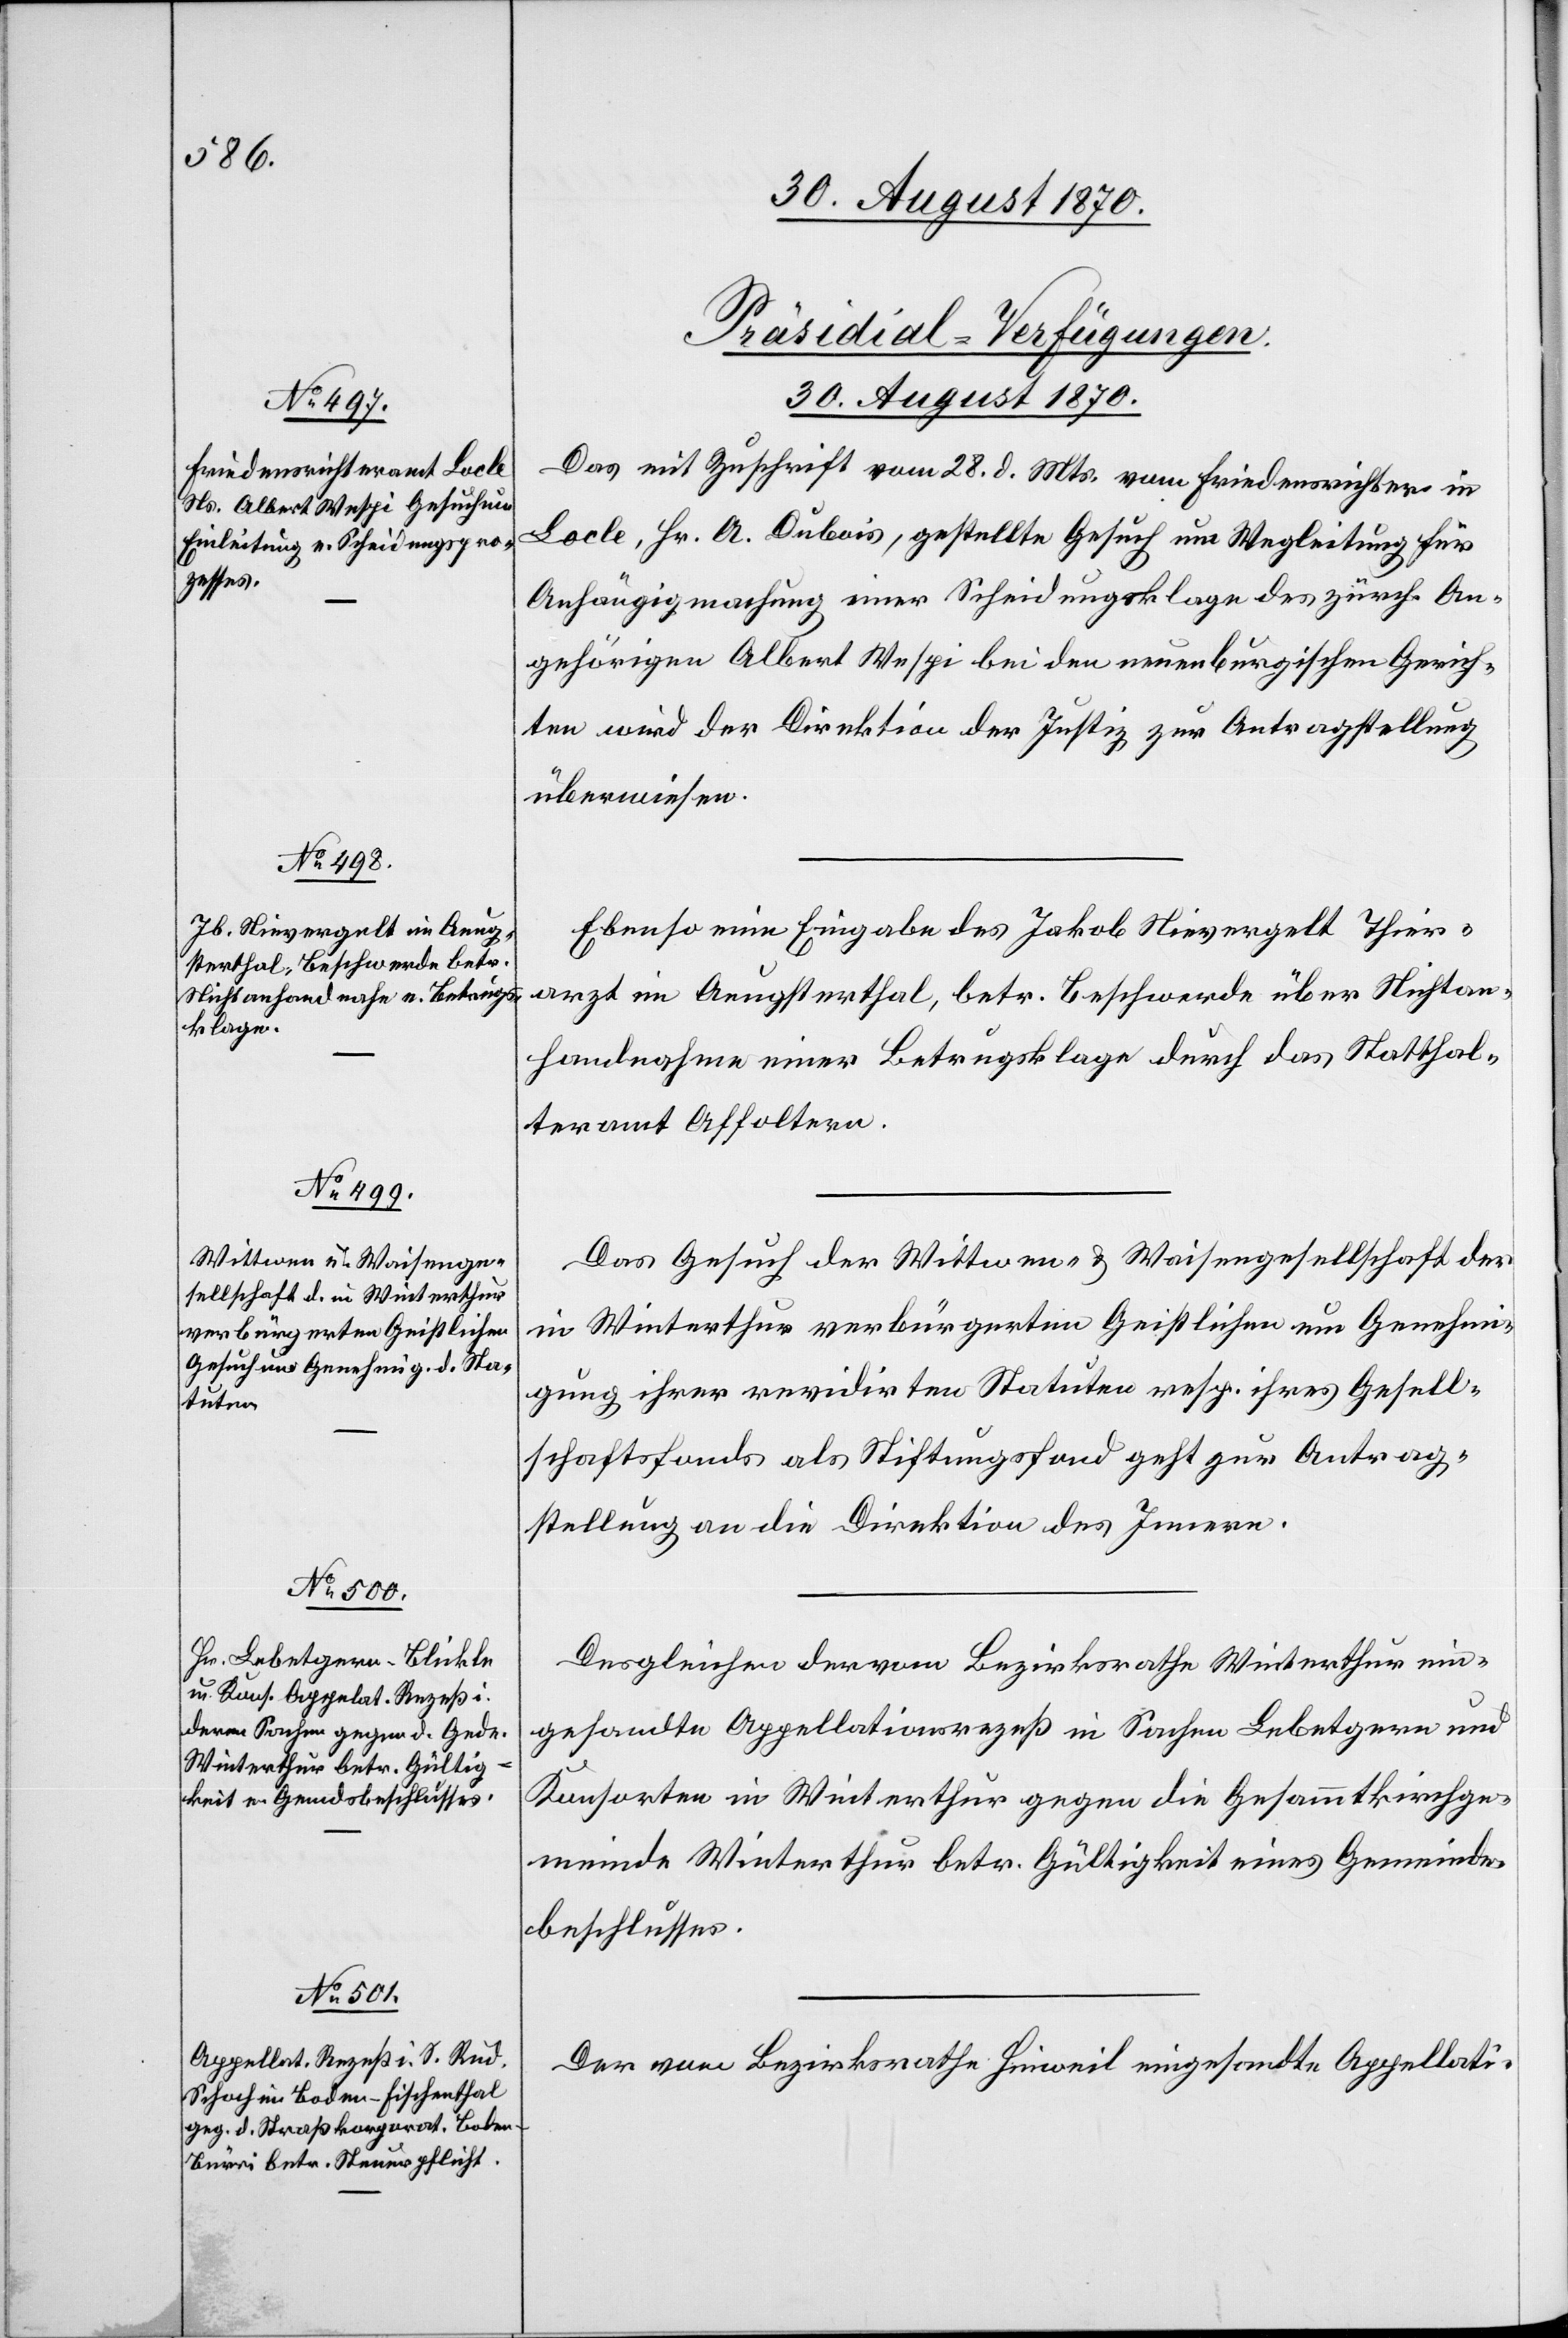
[Präsidial-Verfügungen.
30. August 1870.]
Das mit Zuschrift vom 28. d. Mts. vom Friedensrichter in
Locle, Hr. A. Dubois, gestellte Gesuch um Wegleitung für
Anhängigmachung einer Scheidungsklage des zürch. An¬
gehörigen Albert Wespi bei den neuenburgischen Gerich¬
ten wird der Direktion der Justiz zur Antragstellung
überwiesen.
Ebenso eine Eingabe des Jakob Nievergelt[,] Thier¬
arzt im Aeugsterthal, betr. Beschwerde über Nichtan¬
handnahme einer Betrugsklage durch das Statthal¬
teramt Affoltern.
Das Gesuch der Wittwen- & Waisengesellschaft der
in Winterthur verbürgerten Geistlichen um Genehmi¬
gung ihrer revidirten Statuten resp. ihres Gesell¬
schaftsfonds als Stiftungsfond geht zur Antrag¬
stellung an die Direktion des Innern.
Desgleichen der vom Bezirksrathe Winterthur ein¬
gesandte Appellationsrezeß in Sachen Lebetgern und
Konsorten in Winterthur gegen die Gesammtkirchge¬
meinde Winterthur betr. Gültigkeit eines Gemeinde¬
beschlusses.
Der vom Bezirksrathe Hinweil eingesandte Appellati-